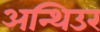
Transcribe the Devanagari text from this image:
अन्थिउर